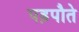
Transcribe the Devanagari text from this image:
पड़पौते